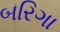
બરિગા